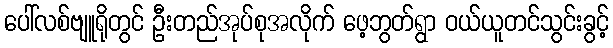
ပေါ်လစ်ဗျူရိုတွင် ဦးတည်အုပ်စုအလိုက် ဖေ့ဘွတ်ရွာ ဝယ်ယူတင်သွင်းခွင့်